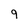
Character: 9